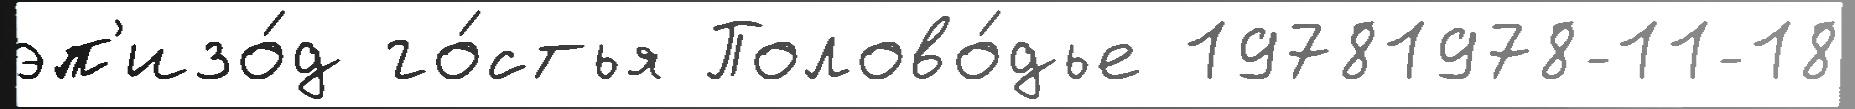
эп'изо́д го́стья Полово́дье 19781978-11-18